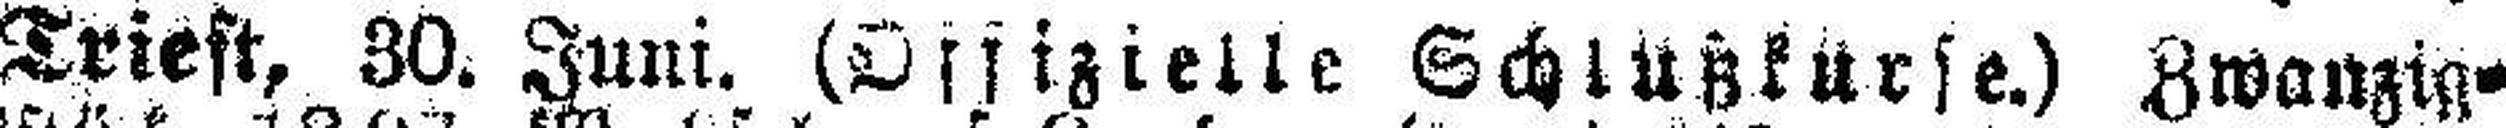
Trieft, 30. Juni. (Offizielle Schlußkurse.) Zwanzig¬